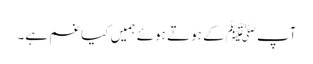
آپ ﷺکے ہوتے ہوئے ہمیں کیا غم ہے۔